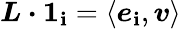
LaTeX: \boldsymbol{L}\boldsymbol{\cdot}\boldsymbol{1}_{\mathbf{i}}=\langle\boldsymbol{e}_{\mathbf{i}},\boldsymbol{v}\rangle